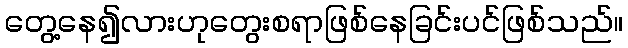
တွေ့နေ၍လားဟုတွေးစရာဖြစ်နေခြင်းပင်ဖြစ်သည်။